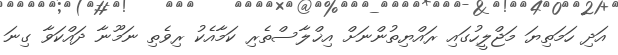
އަދި ހަމަތިޔަ މަޖްލީހުގައި ރައްޔިތުންނަށް އިޚްލާސްތެރި ކަމާއެކު ރިވެތި ނަމޫނާ ދައްކަވާ ގިނަ